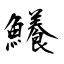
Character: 鱶